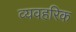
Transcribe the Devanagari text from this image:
व्यवहरिक